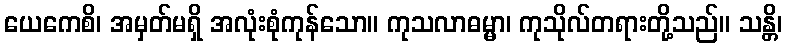
ယေကေစိ၊ အမှတ်မရှိ အလုံးစုံကုန်သော။ ကုသလာဓမ္မာ၊ ကုသိုလ်တရားတို့သည်။ သန္တိ၊